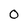
Character: o